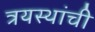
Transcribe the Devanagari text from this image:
त्रयस्थांची